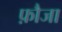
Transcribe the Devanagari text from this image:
फ़ौजा